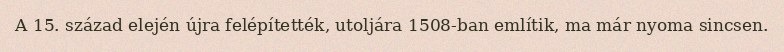
A 15. század elején újra felépítették, utoljára 1508-ban említik, ma már nyoma sincsen.